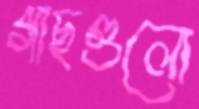
গাছগুলো